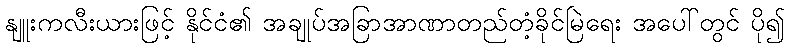
နျူးကလီးယားဖြင့် နိုင်ငံ၏ အချုပ်အခြာအာဏာတည်တံ့ခိုင်မြဲရေး အပေါ်တွင် ပို၍